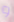
و